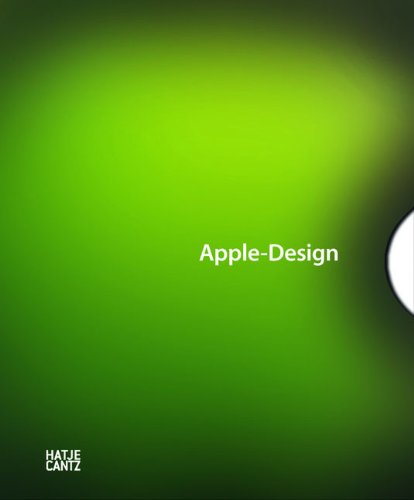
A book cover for Apple Design; Friedrich von Borries; Computers & Technology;